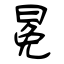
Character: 冕